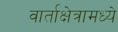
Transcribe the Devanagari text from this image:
वार्ताक्षेत्रामध्ये